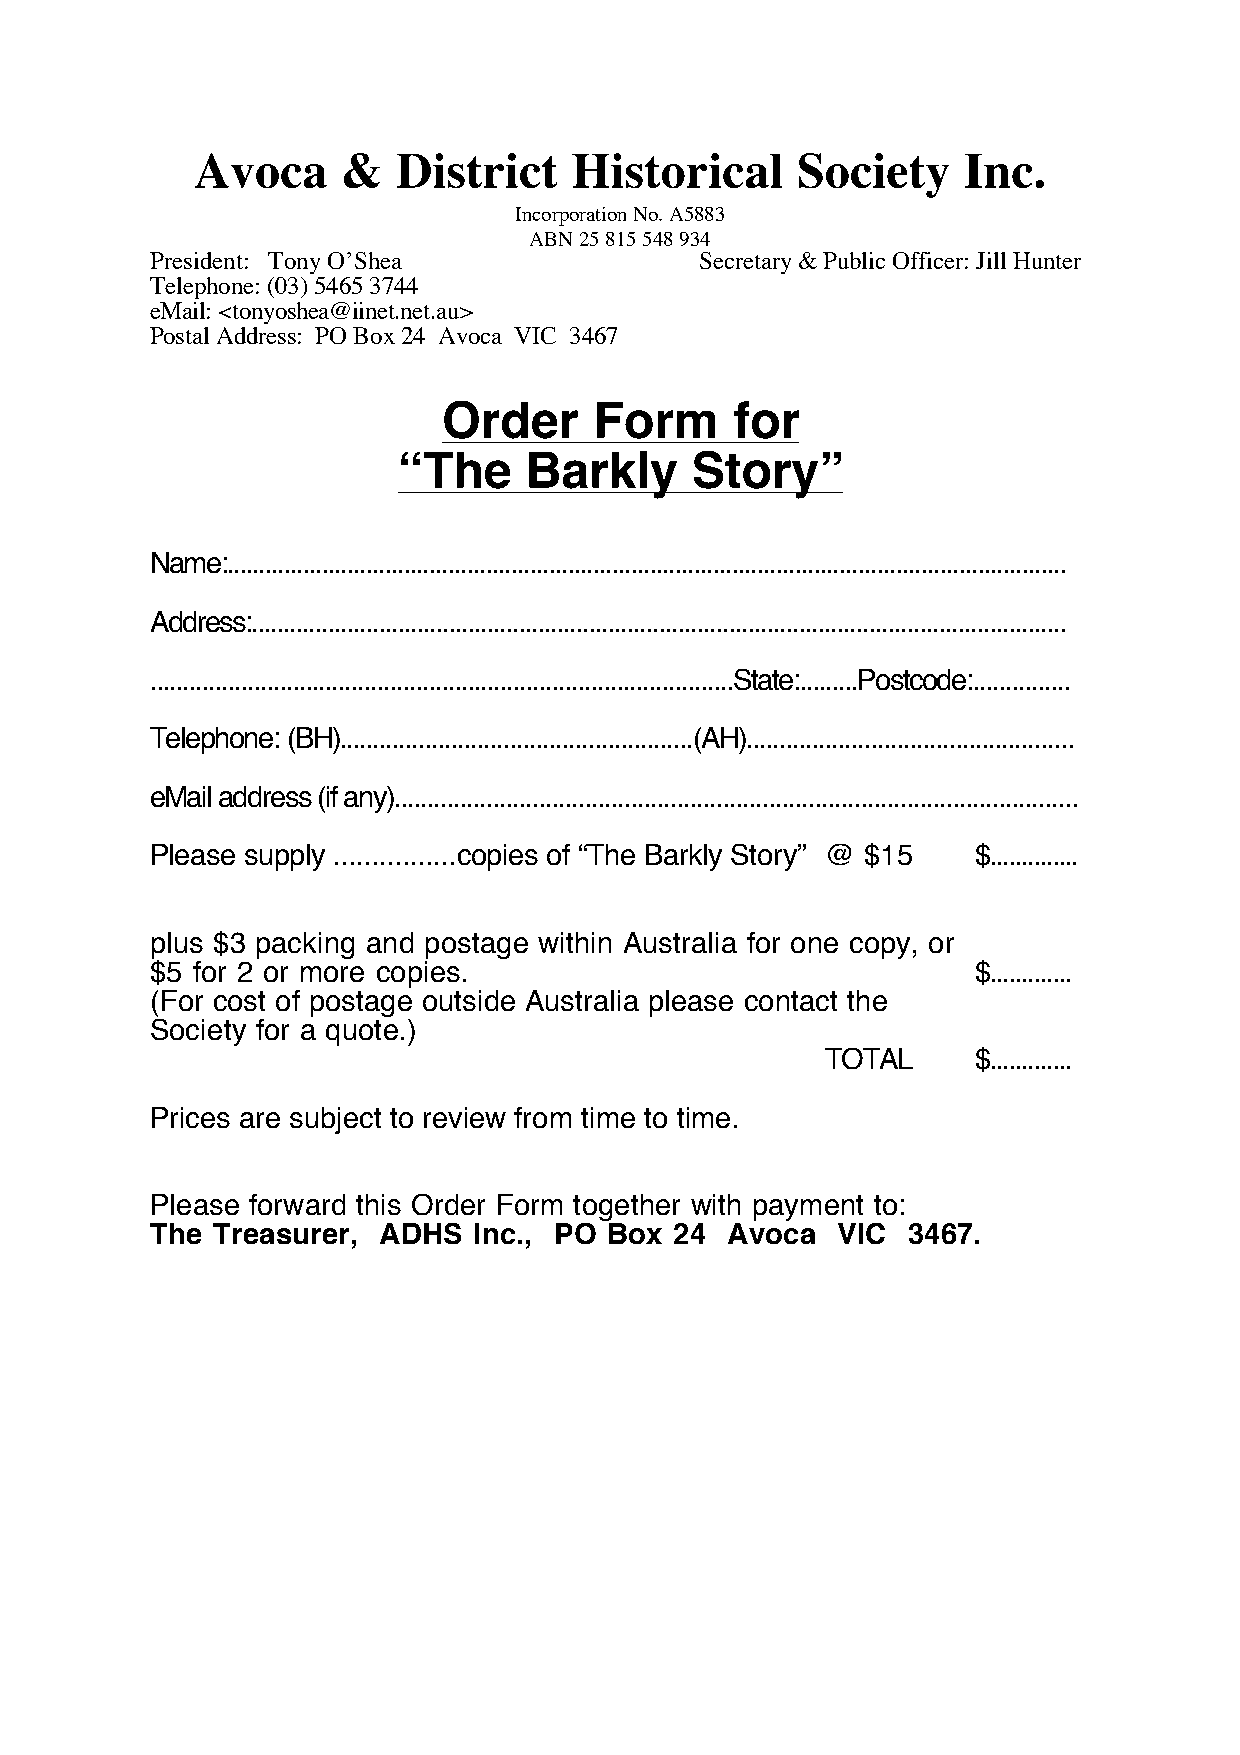
Avoca     &  District    Historical     Society    Inc.
 Incorporation No. A5883
 ABN 25 815 548 934
 President: Tony O’Shea              Secretary & Public Officer: Jill Hunter
 Telephone: (03) 5465 3744
 eMail: <tonyoshea@iinet.net.au>
 Postal Address: PO Box 24 Avoca VIC 3467
 Order     Form      for
 “The     Barkly     Story”
 Name:.....................................................................................................................................
 Address:................................................................................................................................
 ..........................................................................................State:.........Postcode:...............
 Telephone: (BH)......................................................(AH)..................................................
 eMail address (if any)........................................................................................................
 Please supply ................copies of “The Barkly Story” @ $15 $..............
 plus $3 packing and postage within Australia for one copy, or
 $5 for 2 or more copies.                               $.............
 (For cost of postage outside Australia please contact the
 Society for a quote.)
 TOTAL     $.............
 Prices are subject to review from time to time.
 Please forward this Order Form together with payment to:
 The Treasurer, ADHS  Inc., PO Box  24 Avoca  VIC  3467.